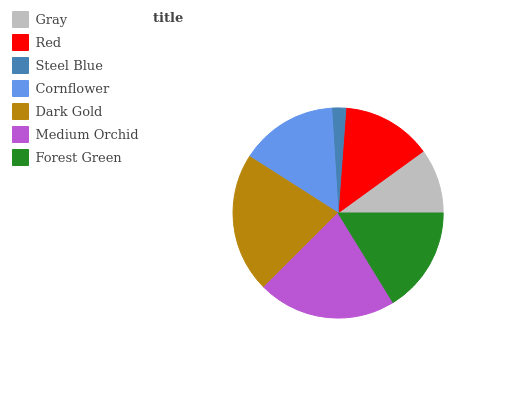
| Gray | Red | Steel Blue | Cornflower | Dark Gold | Medium Orchid | Forest Green |
 | --- | --- | --- | --- | --- | --- | --- |
 | 9.98% | 13.8% | 2.16% | 15% | 21.5% | 21.3% | 16.2% |